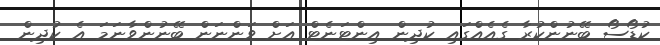
ކުޑޯސޯ ބޭނުންކުރާ ގެއެއްގައި ކުދިން އިންޓަނެޓް އަށް ވަންނަން ބޭނުންވާނަމަ އެ ކުދިން